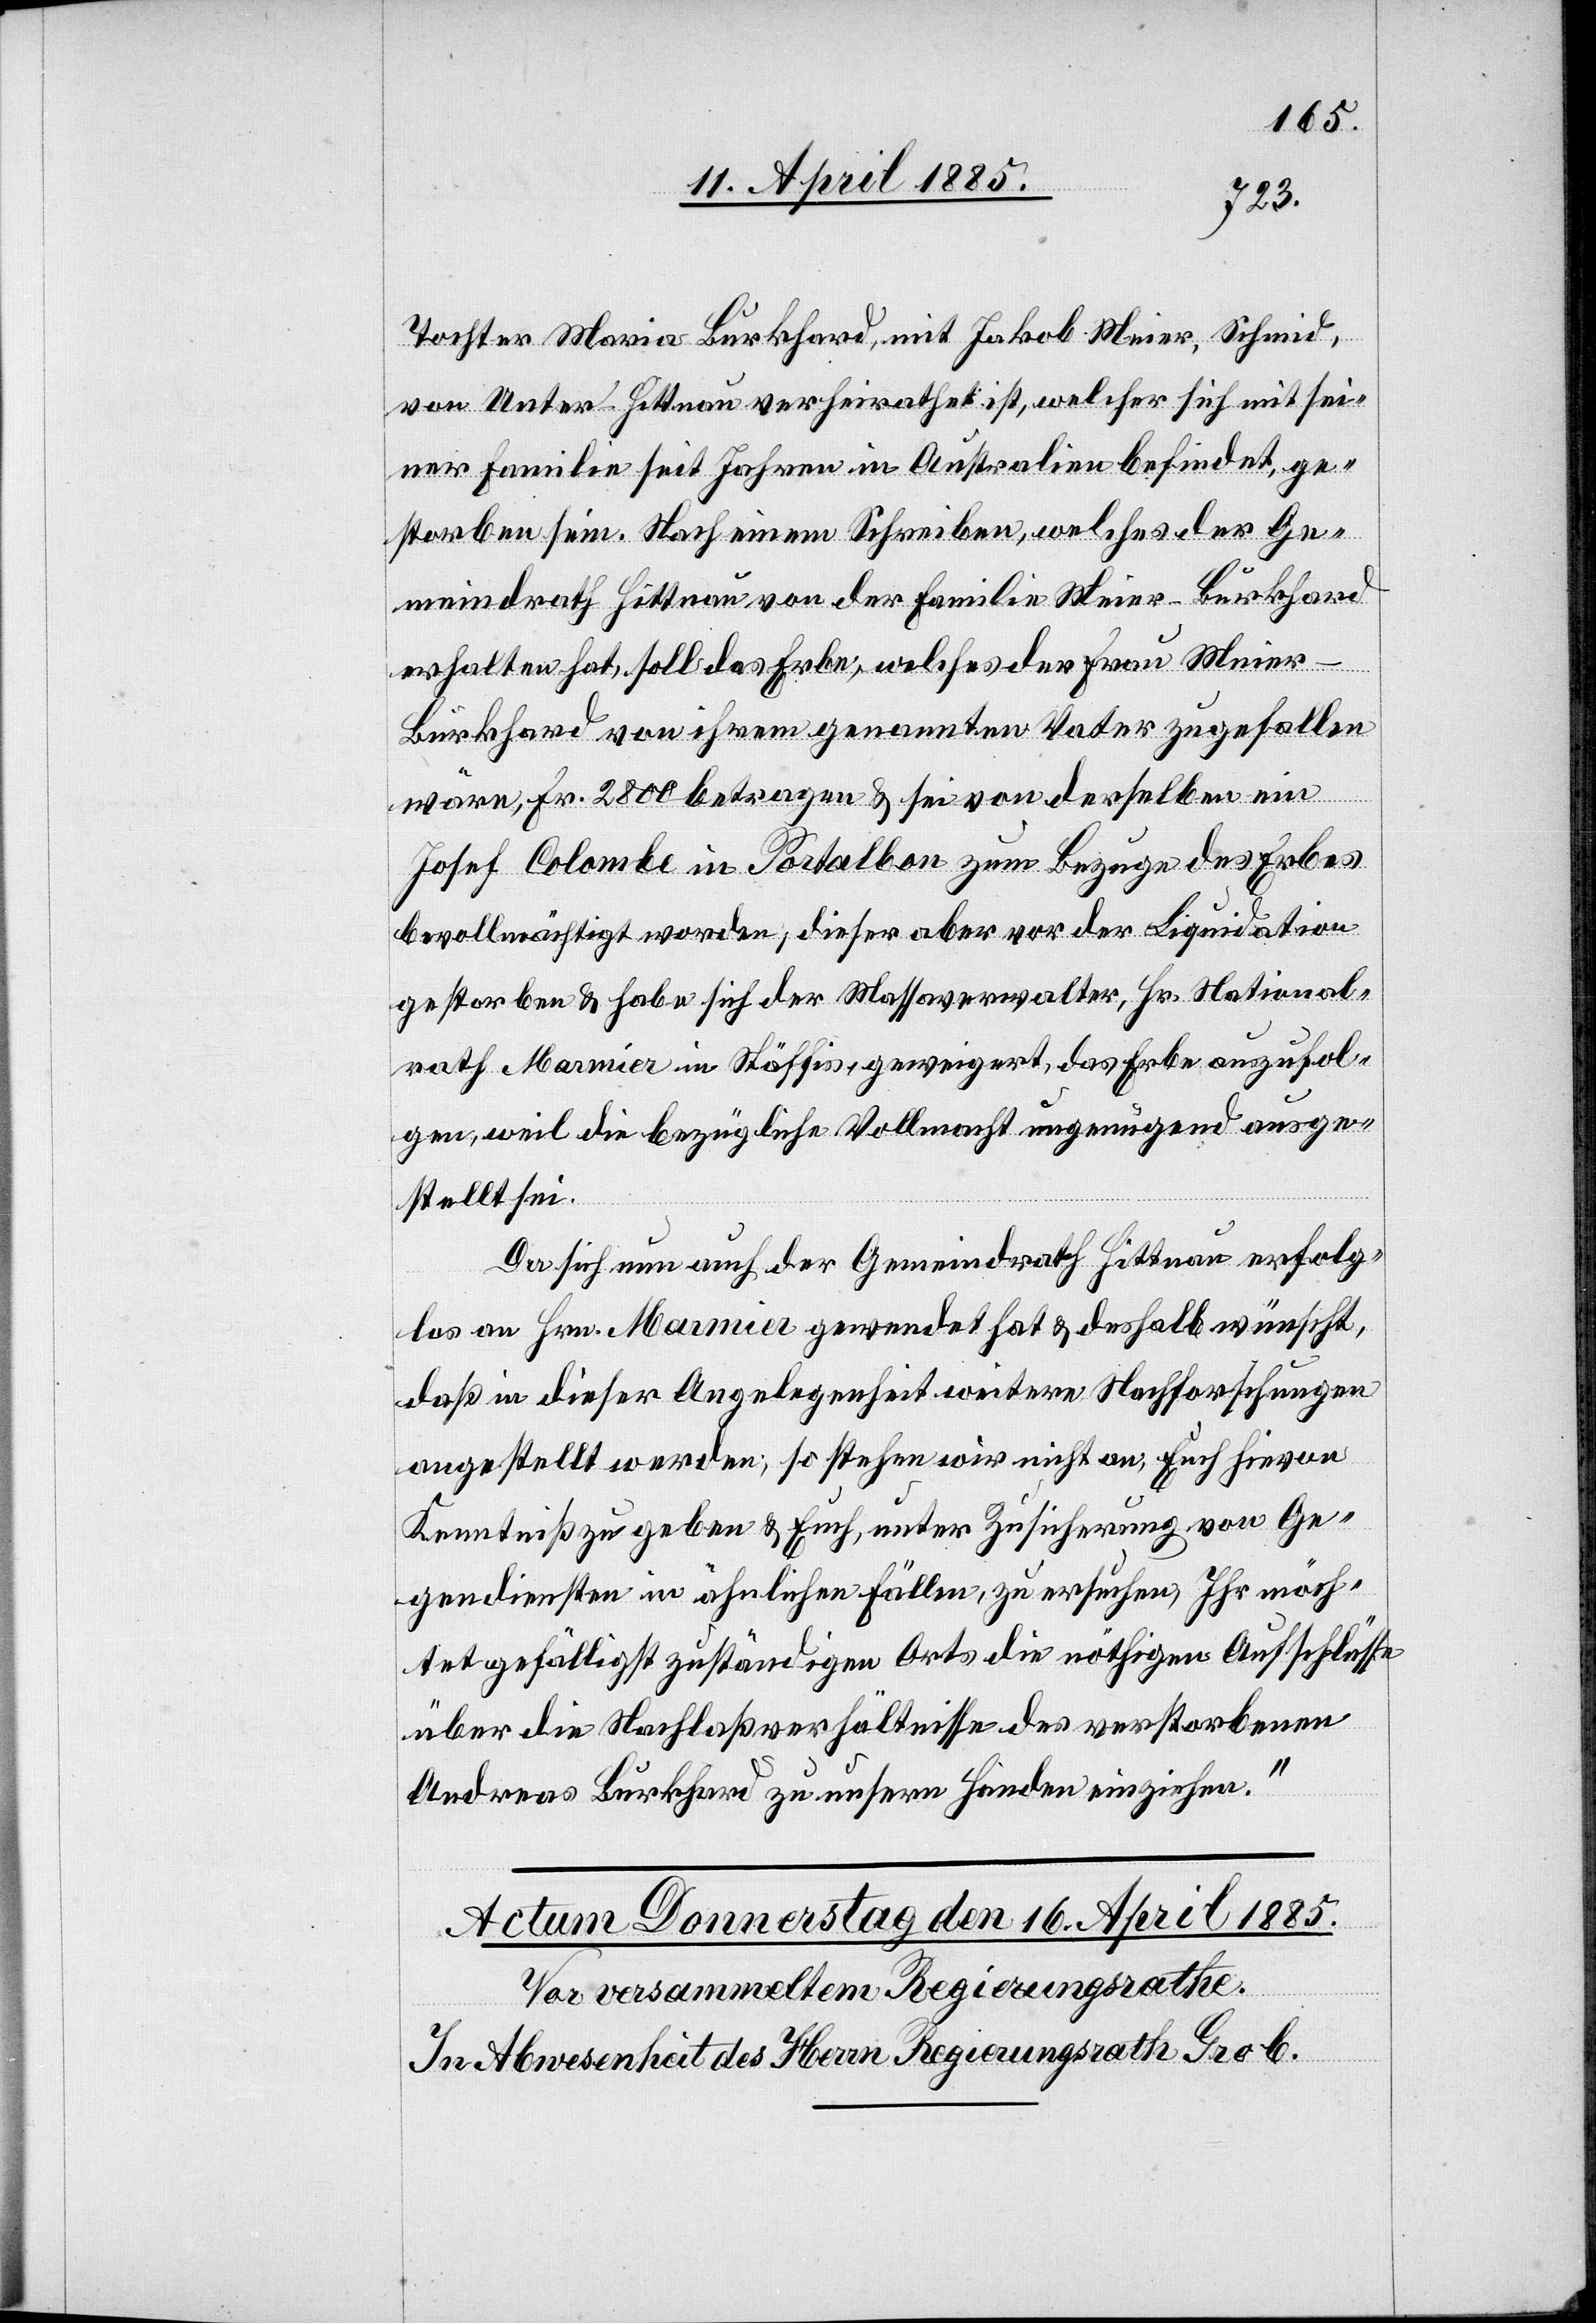
Tochter Maria Burkhard, mit Jakob Meier, Schmid,
von Unter-Hittnau verheirathet ist, welcher sich mit sei¬
ner Familie seit Jahren in Australien befindet, ge¬
storben sein. Nach einem Schreiben, welches der Ge¬
meindrath Hittnau von der Familie Meier-Burkhard
erhalten hat, soll das Erbe, welches der Frau Meier-B¬
urkhard von ihrem genannten Vater zugefallen
wäre, Fr. 2800 betragen & sei von derselben ein
Josef Colombe in Portalban zum Bezuge des Erbes
bevollmächtigt worden, dieser aber vor der Liquidation
gestorben & habe sich der Wasserverwalter, Hr. National¬
rath Marmier in Stäffis, geweigert, das Erbe auszufol¬
gen, weil die bezügliche Vollmacht ungenügend ausge¬
stellt sei.
Da sich nun auch der Gemeindrath Hittnau erfolg¬
los an Hrn. Marmier gewendet hat & deshalb wünscht,
daß in dieser Angelegenheit weitere Nachforschungen
angestellt werden; so stehen wir nicht an, Euch hievon
Kenntniß zu geben & Euch, unter Zusicherung von Ge¬
gendiensten in ähnlichen Fällen, zu ersuchen, Ihr möch¬
tet gefälligst zuständigen Orts die nöthigen Aufschlüsse
über die Nachlaßverhältnisse des verstorbenen
Andreas Burkhard zu unsern Händen einziehen.“